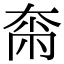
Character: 𡘴